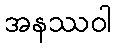
အနဿဝါ